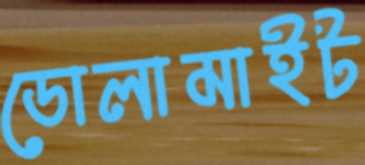
ডোলামাইট